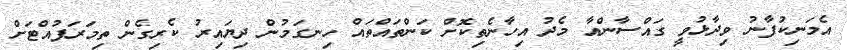
އެމަނިކުފާނު ވިދާޅުވީ ގައްސާންއާ މެދު އިހާނެތިކޮށް ކަންތައްތައް ހިނގަމުން ދިޔައިރު ކެރިގެން ތިމަރަފުއްޓަށް